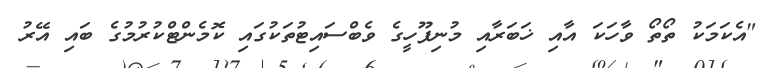
"އެކަމަކު ތޯތޯ ވާހަކަ އާއި ޚަބަރާއި މުނިފޫހީގެ ވެބްސައިޓުތަކުގައި ކޮމެންޓްކުރުމުގެ ބައި އޭރު